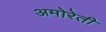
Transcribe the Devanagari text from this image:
अमोरेती